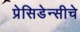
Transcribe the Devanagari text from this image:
प्रेसिडेन्सीचे